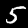
Label: 5